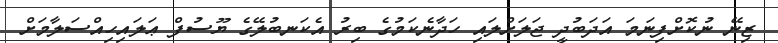
ޒިނޭ ނުކޮށްފިނަމަ އަދަބުދީ ޖަލަށްލައި ހަދާނެކަމުގެ ބިރު އެކަނބުލޭގެ ޔޫސުފް ޢަލައިހިއްސަލާމަށް